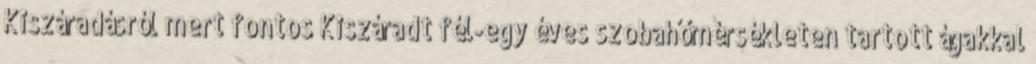
Kiszáradásról mert fontos Kiszáradt fél-egy éves szobahőmérsékleten tartott ágakkal